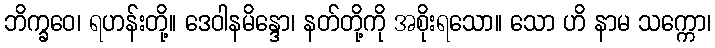
ဘိက္ခဝေ၊ ရဟန်းတို့။ ဒေဝါနမိန္ဒော၊ နတ်တို့ကို အစိုးရသော။ သော ဟိ နာမ သက္ကော၊